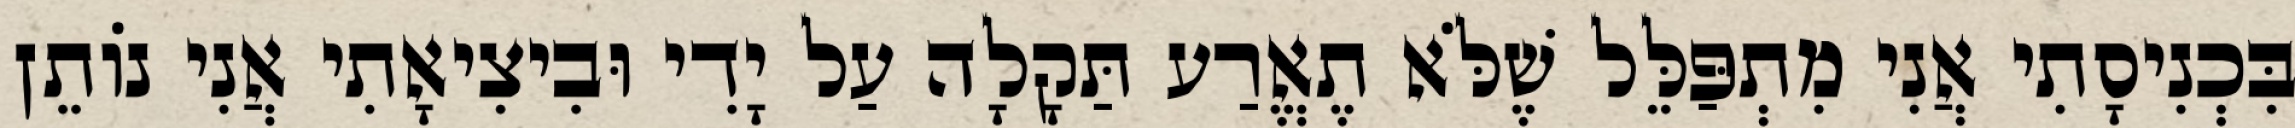
בִּכְנִיסָתִי אֲנִי מִתְפַּלֵּל שֶׁלֹּא תֶאֱרַע תַּקָלָה עַל יָדִי וּבִיצִיאָתִי אֲנִי נוֹתֵן